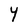
Character: Y